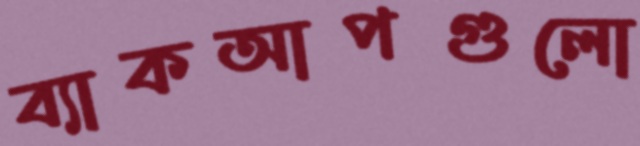
ব্যাকআপগুলো